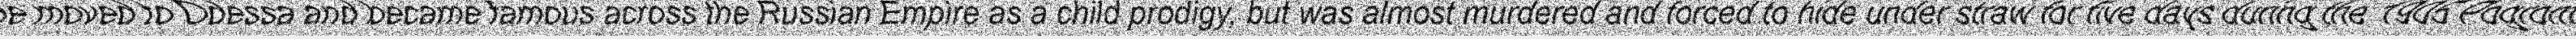
"He moved to Odessa and became famous across the Russian Empire as a child prodigy, but was almost murdered and forced to hide under straw for five days during the 1905 Pogrom."